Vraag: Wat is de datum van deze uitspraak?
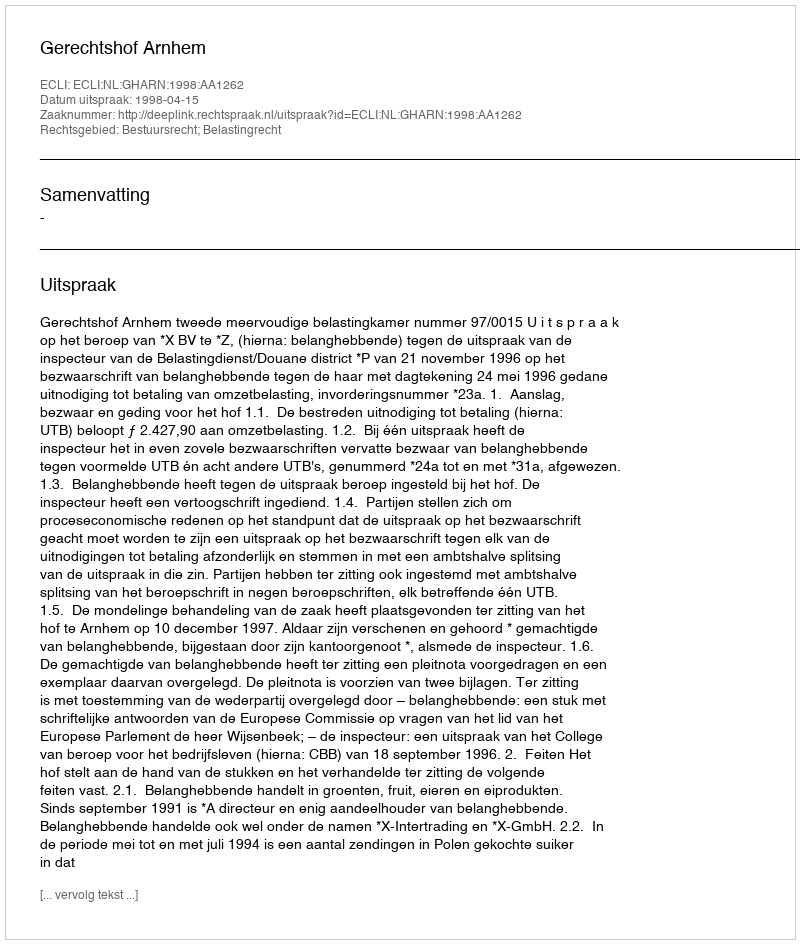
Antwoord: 1998-04-15